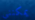
يمكنني